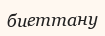
биеттану